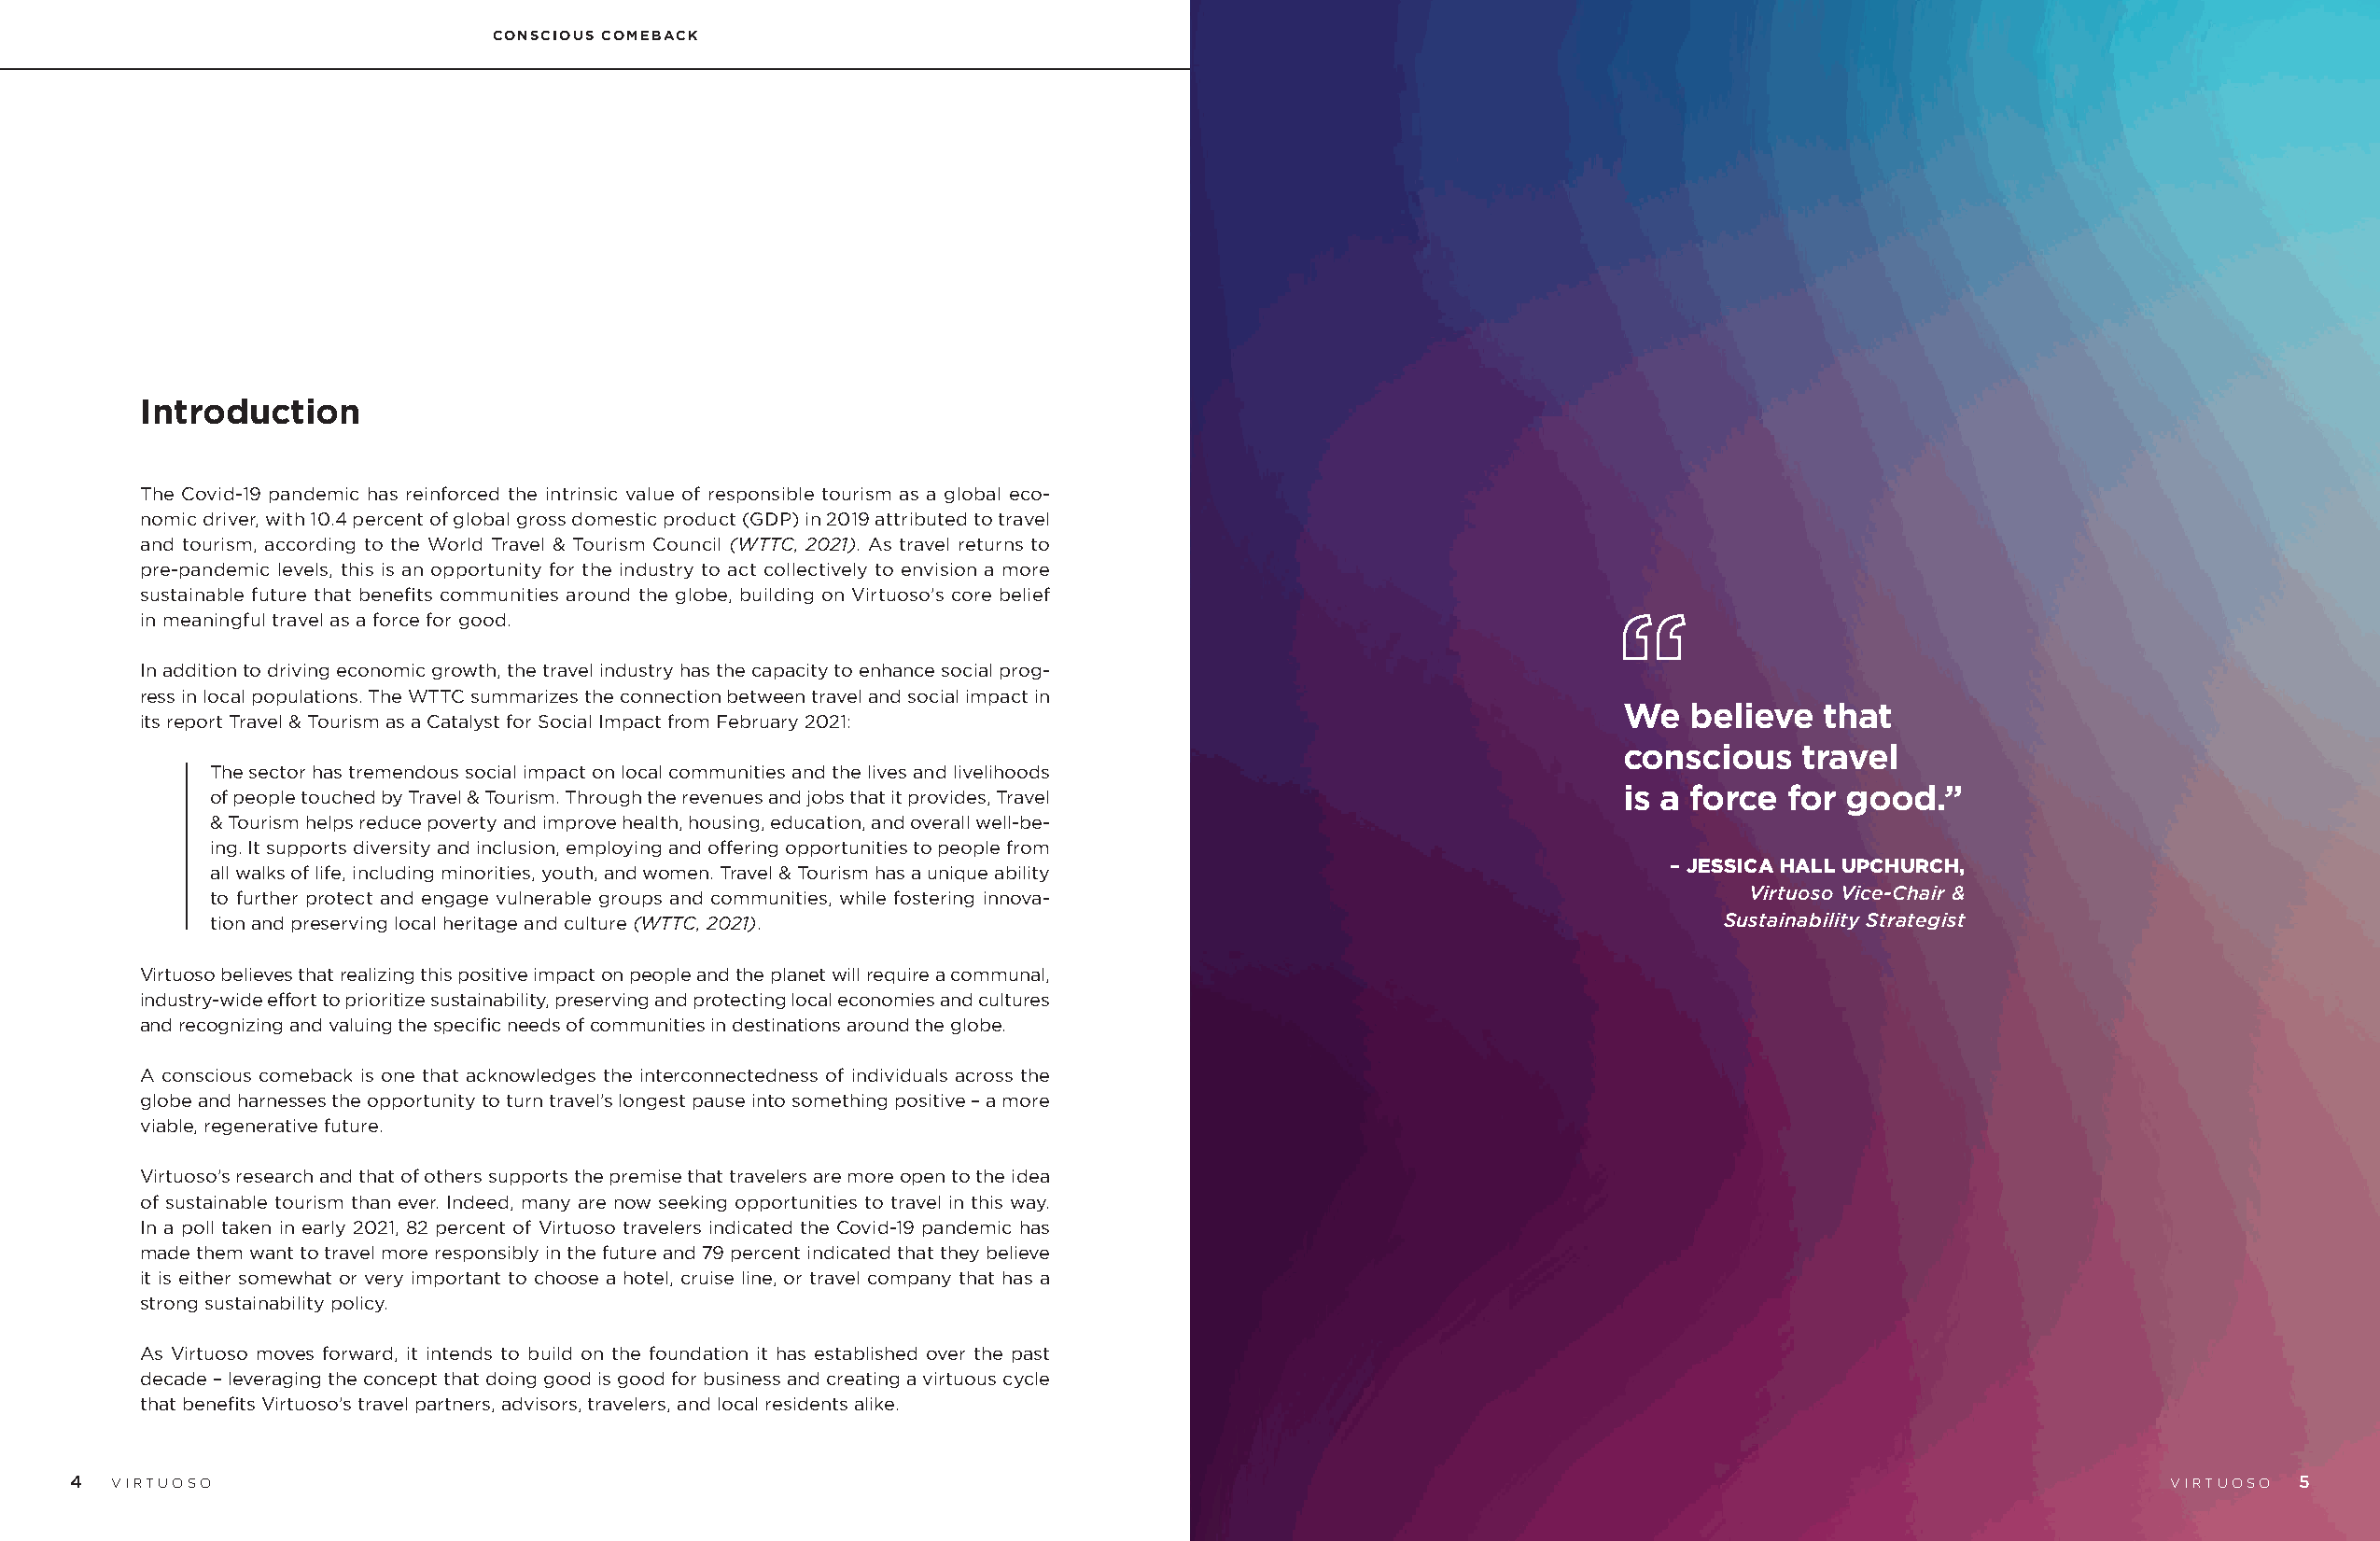
CONSCIOUS COMEBACK
 Introduction
 The Covid-19 pandemic has reinforced the intrinsic value of responsible tourism as a global eco-
 nomic driver, with 10.4 percent of global gross domestic product (GDP) in 2019 attributed to travel
 and tourism, according to the World Travel & Tourism Council (WTTC, 2021). As travel returns to
 pre-pandemic levels, this is an opportunity for the industry to act collectively to envision a more
 sustainable future that benefits communities around the globe, building on Virtuoso’s core belief
 in meaningful travel as a force for good.
 In addition to driving economic growth, the travel industry has the capacity to enhance social prog-
 ress in local populations. The WTTC summarizes the connection between travel and social impact in
 We   believe  that
 its report Travel & Tourism as a Catalyst for Social Impact from February 2021:
 conscious    travel
 The sector has tremendous social impact on local communities and the lives and livelihoods
 of people touched by Travel & Tourism. Through the revenues and jobs that it provides, Travel       is a force  for good.”
 & Tourism helps reduce poverty and improve health, housing, education, and overall well-be-
 ing. It supports diversity and inclusion, employing and offering opportunities to people from
 all walks of life, including minorities, youth, and women. Travel & Tourism has a unique ability       – JESSICA HALL UPCHURCH,
 to further protect and engage vulnerable groups and communities, while fostering innova-                     Virtuoso Vice-Chair &
 tion and preserving local heritage and culture (WTTC, 2021).                                               Sustainability Strategist
 Virtuoso believes that realizing this positive impact on people and the planet will require a communal,
 industry-wide effort to prioritize sustainability, preserving and protecting local economies and cultures
 and recognizing and valuing the specific needs of communities in destinations around the globe.
 A conscious comeback is one that acknowledges the interconnectedness of individuals across the
 globe and harnesses the opportunity to turn travel’s longest pause into something positive – a more
 viable, regenerative future.
 Virtuoso’s research and that of others supports the premise that travelers are more open to the idea
 of sustainable tourism than ever. Indeed, many are now seeking opportunities to travel in this way.
 In a poll taken in early 2021, 82 percent of Virtuoso travelers indicated the Covid-19 pandemic has
 made them want to travel more responsibly in the future and 79 percent indicated that they believe
 it is either somewhat or very important to choose a hotel, cruise line, or travel company that has a
 strong sustainability policy.
 As Virtuoso moves forward, it intends to build on the foundation it has established over the past
 decade – leveraging the concept that doing good is good for business and creating a virtuous cycle
 that benefits Virtuoso’s travel partners, advisors, travelers, and local residents alike.
 4  VIRTUOSO                                                                                                                                          VVIIRRTTUUOOSSOO 5